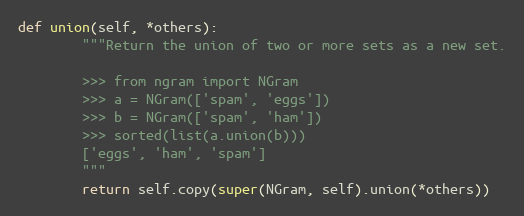
Language: Python
def union(self, *others):
        """Return the union of two or more sets as a new set.

        >>> from ngram import NGram
        >>> a = NGram(['spam', 'eggs'])
        >>> b = NGram(['spam', 'ham'])
        >>> sorted(list(a.union(b)))
        ['eggs', 'ham', 'spam']
        """
        return self.copy(super(NGram, self).union(*others))